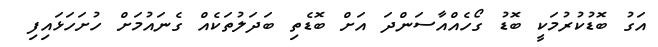
އަގު ބޮޑުކުރުމަކީ ބޮޑު ގޯހެއްއާސަންދަ އަށް ބޮޑެތި ބަދަލުތަކެއް ގެނައުމަށް ހުށަހަޅައިފި